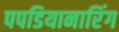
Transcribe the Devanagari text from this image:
पपडियानारिंग